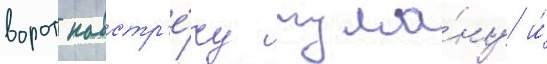
ворот навстр'е́чу тума́ну и́